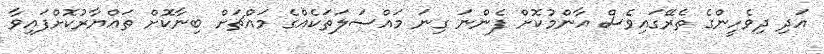
އަދި ދިވެހީންގެ ތެރޭގައިވެސް އާންމުކޮށް ފެންނަ ގިނަ މައްސަލަތަކެއްގެ މައްޗަށް ބިނާކޮށް ތައްޔާރުކޮށްފައިވާ